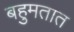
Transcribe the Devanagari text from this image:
बहुमतात